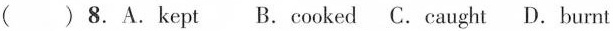
( ) 8.A.kept B.cooked C.caught D.burnt